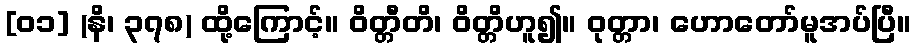
[၀၁] (နိ၊ ၃၇၈) ထို့ကြောင့်။ ဝိတ္တီတိ၊ ဝိတ္တိဟူ၍။ ဝုတ္တာ၊ ဟောတော်မူအပ်ပြီ။